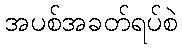
အပစ်အခတ်ရပ်စဲ